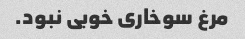
مرغ سوخاری خوبی نبود.